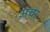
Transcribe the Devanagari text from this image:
अचा